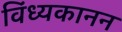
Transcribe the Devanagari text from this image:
विंध्यकानन